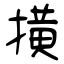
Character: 撗